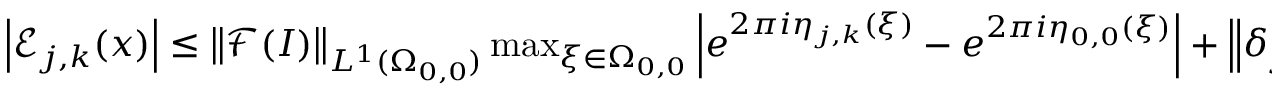
\begin{array} { r } { \left\vert \mathcal { E } _ { j , k } ( \boldsymbol { x } ) \right\vert \leq \left\| \mathcal { F } ( I ) \right\| _ { L ^ { 1 } ( \Omega _ { 0 , 0 } ) } \operatorname* { m a x } _ { \boldsymbol { \xi } \in \Omega _ { 0 , 0 } } \left\vert e ^ { 2 \pi i \eta _ { j , k } ( \boldsymbol { \xi } ) } - e ^ { 2 \pi i \eta _ { 0 , 0 } ( \boldsymbol { \xi } ) } \right\vert + \left\| \delta _ { j , k } \right\| _ { L ^ { 1 } ( \Omega _ { 0 , 0 } ) } + \left\| \delta _ { 0 , 0 } \right\| _ { L ^ { 1 } ( \Omega _ { 0 , 0 } ) } \, . } \end{array}